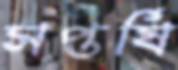
সপ্তর্ষি